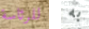
للرئاسة به